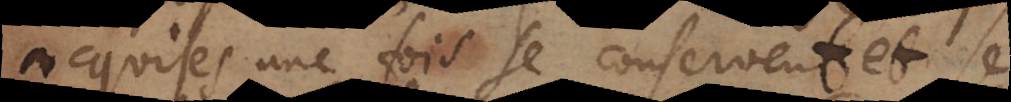
une fois se conservent et se